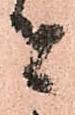
者